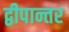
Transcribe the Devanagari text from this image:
द्वीपान्तर